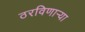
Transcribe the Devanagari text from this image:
ठरविणार्‍या